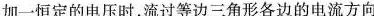
加一恒定的电压时，流过等边三角形各边的电流方向